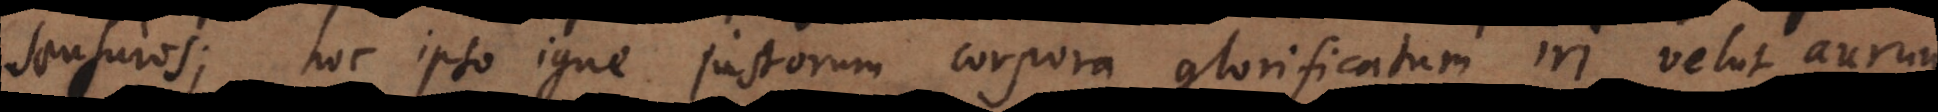
sensuros; hoc ipso igne justorum corpora glorificatum iri velut aurum